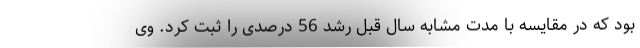
بود که در مقایسه با مدت مشابه سال قبل رشد 56 درصدی را ثبت کرد. وی